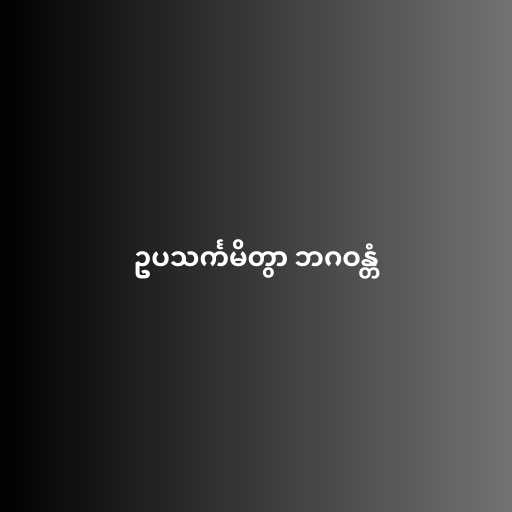
ဥပသင်္ကမိတွာ ဘဂဝန္တံ